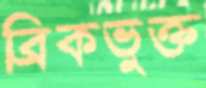
ব্রিকভুক্ত